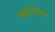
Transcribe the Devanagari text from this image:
कार्यावरून